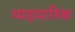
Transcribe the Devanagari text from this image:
व्यहवारिक